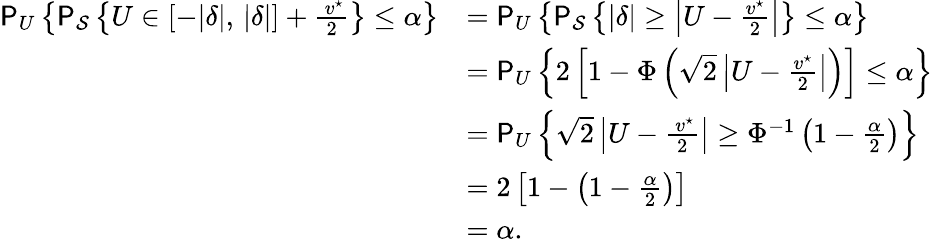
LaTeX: \begin{array}{rl}{\mathsf{P}_{U}\left\{ \mathsf{P}_{\mathcal{S}}\left\{ U\in[-|\delta|,\, |\delta|]+\frac{\, v^{\star}}{2}\right\} \le\alpha\right\} }&{=\mathsf{P}_{U}\left\{ \mathsf{P}_{\mathcal{S}}\left\{ |\delta|\ge\left|U-\frac{v^{\star}}{2}\right|\right\} \le\alpha\right\} }\\ &{=\mathsf{P}_{U}\left\{ 2\left[1-\Phi\left(\sqrt{2}\left|U-\frac{v^{\star}}{2}\right|\right)\right]\le\alpha\right\} }\\ &{=\mathsf{P}_{U}\left\{ \sqrt{2}\left|U-\frac{\, v^{\star}}{2}\right|\ge\Phi^{-1}\left(1-\frac{\alpha}{2}\right)\right\} }\\ &{=2\left[1-\left(1-\frac{\alpha}{2}\right)\right]}\\ &{=\alpha.}\end{array}